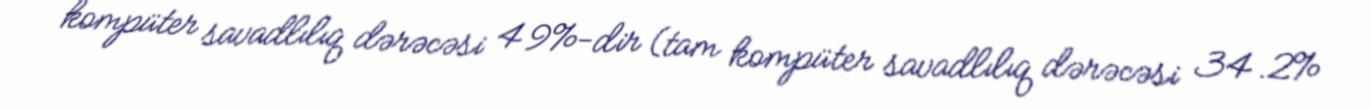
kompüter savadlılıq dərəcəsi 49%-dir (tam kompüter savadlılıq dərəcəsi 34.2%